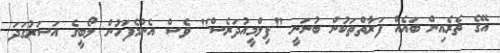
އޭގެ ތެރެއިން ބައެއް ފަރާތްތަކުން ބުނަނީ "ފިލްމީއުދަރެސް" ވެސް އެންމެފަހުން ލޯބީގެ އަސަރުގަދަ